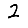
Digit: 2